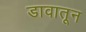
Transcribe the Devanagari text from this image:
डावातून